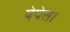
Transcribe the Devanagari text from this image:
येपेत।